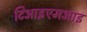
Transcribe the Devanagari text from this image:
टिआइएमआइ